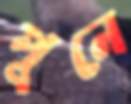
পুনে